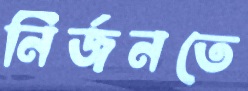
নির্জনতে